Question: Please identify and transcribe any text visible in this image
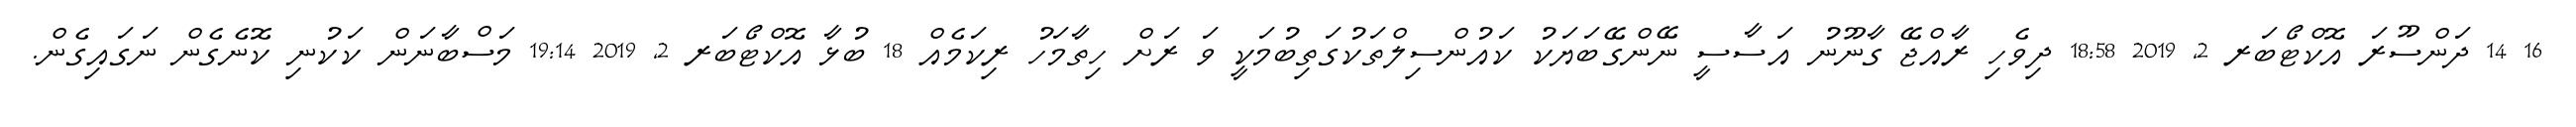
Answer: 16 14 ދަންސޫރަ އޮކްޓޯބަރ 2, 2019 18:58 ދިވެހި ރާއްޖޭ ގާނޫނު އަސާސީ ނޭންގޭބަޔަކު ކައުންސިލްތަކުގަތިބުމަކީ ވަ ރަށް ހިތާމަހު ރިކަމެއް 18 ބުޅާ އޮކްޓޯބަރ 2, 2019 19:14 މަސްބާނަން ކަކުނި ކޮނެގެން ނަގައިގެން.